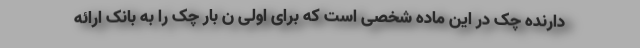
دارنده چک در این ماده شخصی است که برای اولی ن بار چک را به بانک ارائه